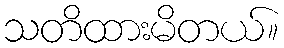
သတိထားမိတယ်။